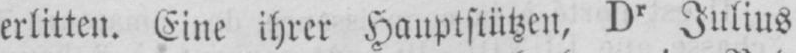
erlitten. Eine ihrer Hauptstützen, Dr Julius